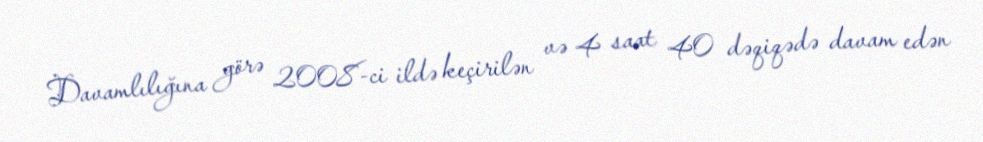
Davamlılığına görə 2008-ci ildə keçirilən və 4 saat 40 dəqiqədə davam edən